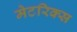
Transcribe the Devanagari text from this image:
मेटरिक्स